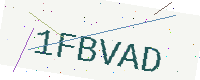
Text: 1FBVAD